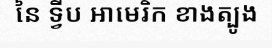
នៃ ទ្វីប អាមេរិក ខាងត្បូង